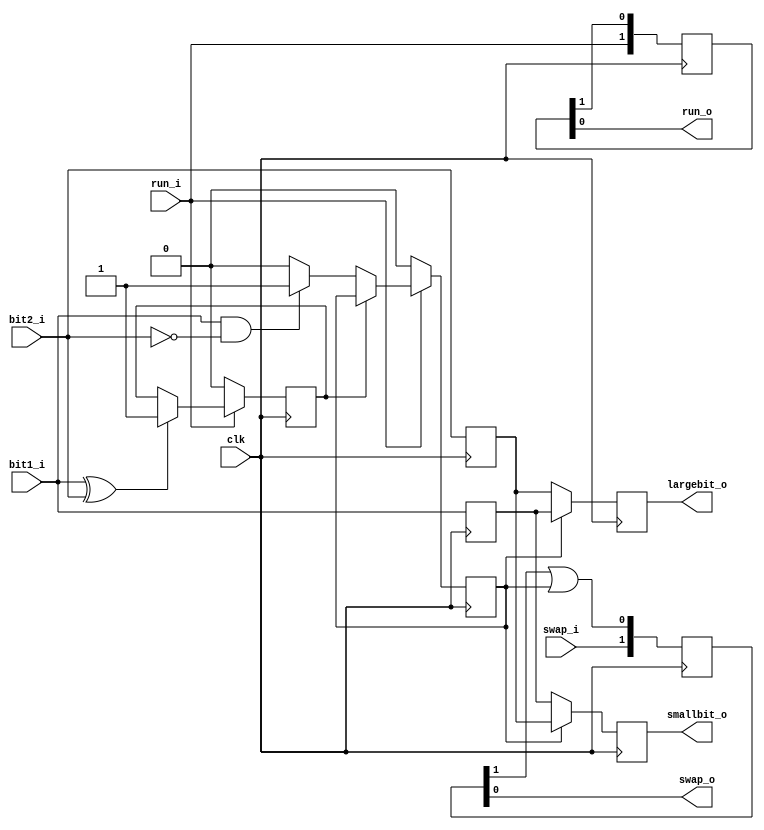
//////////////////////////////////////////////////////////////////////
////
//// Copyright (C) 2014 avram ionut, avramionut@opencores.org
////
//// This source file may be used and distributed without
//// restriction provided that this copyright statement is not
//// removed from the file and that any derivative work contains
//// the original copyright notice and the associated disclaimer.
////
//// This source file is free software; you can redistribute it
//// and/or modify it under the terms of the GNU Lesser General
//// Public License as published by the Free Software Foundation;
//// either version 2.1 of the License, or (at your option) any
//// later version.
////
//// This source is distributed in the hope that it will be
//// useful, but WITHOUT ANY WARRANTY; without even the implied
//// warranty of MERCHANTABILITY or FITNESS FOR A PARTICULAR
//// PURPOSE. See the GNU Lesser General Public License for more
//// details.
////
//// You should have received a copy of the GNU Lesser General
//// Public License along with this source; if not, download it
//// from http://www.opencores.org/lgpl.shtml
////
//
// Revisions: 
// Revision 0.01 - File Created
// Additional Comments: 
//                     
//
//////////////////////////////////////////////////////////////////////////////////
module bitsplit(
    input   clk,
    input   bit1_i,
    input   bit2_i,
    output  largebit_o,
    output  smallbit_o,
    input   swap_i,
    output  swap_o,
    input   run_i,
    output  run_o
    );

    reg     r_bit1;
    reg     r_bit2;
    reg     r_small_bit;
    reg     r_large_bit;
    reg     r_compare_result;
    reg     r_freeze_compare;
    reg [0:1]   r_swap;
    reg [0:1]   r_run;

    wire    w_different_bits;

    always @(posedge clk)
        begin
            if (~run_i) begin
                r_freeze_compare <= 0;      end
            else if (w_different_bits) begin
                r_freeze_compare <= 1;      end
        end
        
    always @(posedge clk)
        begin
            if (~run_i) begin
                r_compare_result <= 0;      end
            else if (~r_freeze_compare) begin
                if (bit1_i & ~bit2_i)   begin
                    r_compare_result <= 1;  end
                else begin
                    r_compare_result <= 0;  end                
                end
        end

    always @(posedge clk)
        begin
            r_bit1 <= bit1_i;
            r_bit2 <= bit2_i;
            if (~r_compare_result) begin
                r_small_bit <= r_bit1;
                r_large_bit <= r_bit2;   end
            else begin
                r_small_bit <= r_bit2;
                r_large_bit <= r_bit1;   end
        end
        
    always @(posedge clk)
        begin
            r_swap[0] <= swap_i;
            r_swap[1] <= r_swap[0] | r_compare_result;
        end

    always @(posedge clk)
        begin
            r_run[0] <= run_i;
            r_run[1] <= r_run[0];
        end
        
    assign w_different_bits = bit1_i ^ bit2_i;

    assign largebit_o = r_large_bit;
    assign smallbit_o = r_small_bit;
    assign swap_o = r_swap[1];
    assign run_o = r_run[1];
    
endmodule